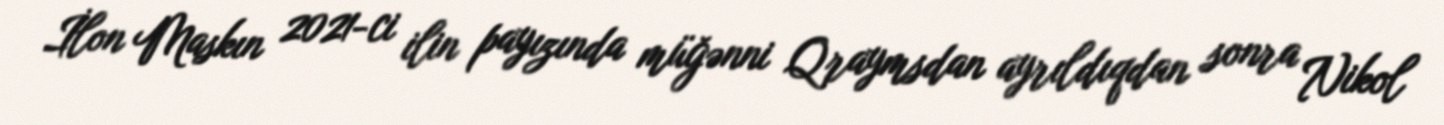
İlon Maskın 2021-ci ilin payızında müğənni Qraymsdan ayrıldıqdan sonra Nikol